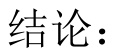
结论：